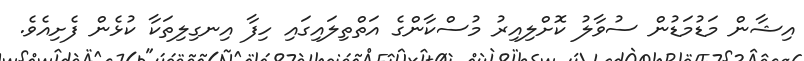
އިޝާން މަޑުމަޑުން ސުވާލު ކޮށްލިއިރު މުސްކާންގެ އަތްތިލައިގައި ހިފާ އިނގިލިތަކާ ކުޅެން ފެށިއެވެ.